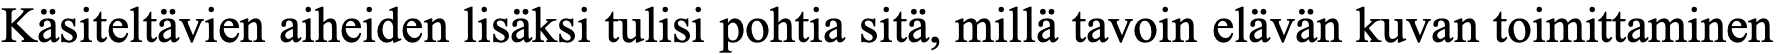
Käsiteltävien aiheiden lisäksi tulisi pohtia sitä, millä tavoin elävän kuvan toimittaminen